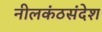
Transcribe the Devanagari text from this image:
नीलकंठसंदेश